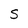
Character: S